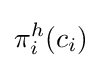
\pi _{i}^{h}(c_{i})